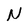
Character: N